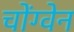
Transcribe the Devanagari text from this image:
चोंग्वेन